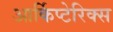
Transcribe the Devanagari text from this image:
आर्किप्टेरिक्स